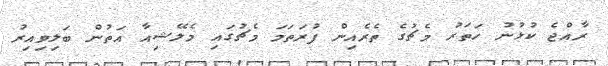
ރާއްޖެ ކުޅުނު ހަތަރު މެޗުގެ ތެރެއިން ފުރަތަމަ މެޗުގައި މެލޭޝިއާ އަތުން ބަލިވިއިރު